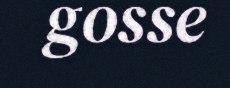
gosse